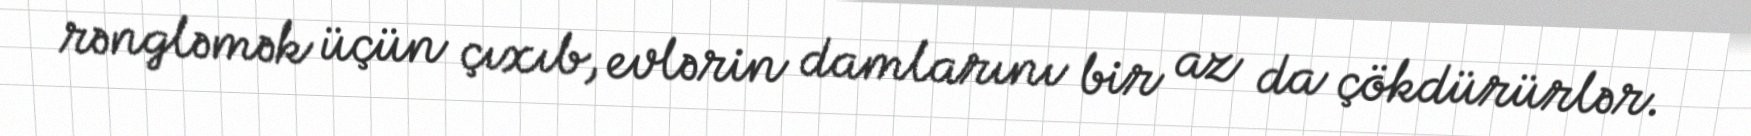
rəngləmək üçün çıxıb, evlərin damlarını bir az da çökdürürlər.